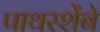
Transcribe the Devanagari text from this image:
पाथरशेंबे